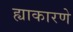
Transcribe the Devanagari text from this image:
ह्याकारणे